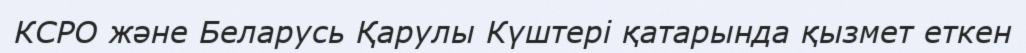
КСРО және Беларусь Қарулы Күштері қатарында қызмет еткен